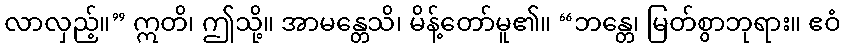
လာလှည့်။” ဣတိ၊ ဤသို့။ အာမန္တေသိ၊ မိန့်တော်မူ၏။ “ဘန္တေ၊ မြတ်စွာဘုရား။ ဧဝံ